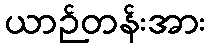
ယာဉ်တန်းအား